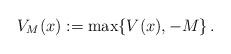
LaTeX: \begin{align*}V_M(x):=\max\{ V(x),-M\} \,.\end{align*}